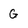
Character: G